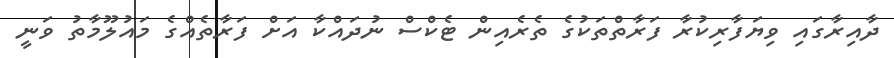
ދާއިރާގައި ވިޔަފާރިކުރާ ފަރާތްތަކުގެ ތެރެއިން ޓެކްސް ނުދައްކާ އަށް ފަރާތެއްގެ މައުލޫމާތު ވަނީ